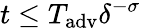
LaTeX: t\le T_{\mathrm{adv}}\delta^{-\sigma}